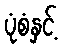
ပုံစံနှင့်